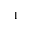
_ 1